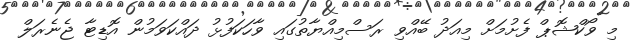
މި ވޯކްޝޮޕް ފެށުމަށް މިއަދު ބޭއްވި ރަސްމިއްޔާތުގައި ވާހަކަފުޅު ދައްކަވަމުން އޮޑިޓާ ޖެނެރަލް